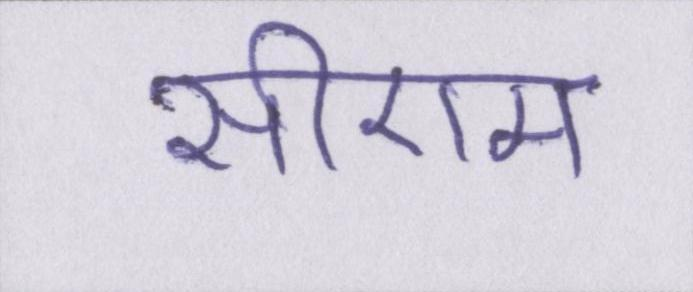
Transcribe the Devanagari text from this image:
सीएम